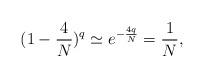
LaTeX: \begin{align*}(1-\frac{4}{N})^{q}\simeq e^{-\frac{4q}{N}}=\frac{1}{N},\end{align*}